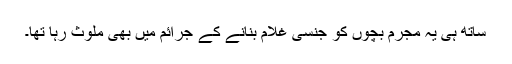
ساتھ ہی یہ مجرم بچوں کو جنسی غلام بنانے کے جرائم میں بھی ملوث رہا تھا۔